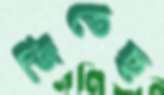
জিতেছ